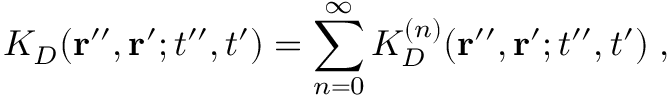
K _ { D } ( { \bf r } ^ { \prime \prime } , { \bf r } ^ { \prime } ; t ^ { \prime \prime } , t ^ { \prime } ) = \sum _ { n = 0 } ^ { \infty } K _ { D } ^ { ( n ) } ( { \bf r } ^ { \prime \prime } , { \bf r } ^ { \prime } ; t ^ { \prime \prime } , t ^ { \prime } ) \; ,